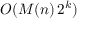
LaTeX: O ( M ( n ) \, 2 ^ { k } )